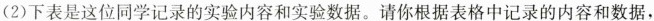
(2)下表是这位同学记录的实验内容和实验数据。请你根据表格中记录的内容和数据.